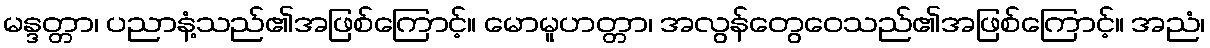
မန္ဒတ္တာ၊ ပညာနံ့သည်၏အဖြစ်ကြောင့်။ မောမူဟတ္တာ၊ အလွန်တွေဝေသည်၏အဖြစ်ကြောင့်။ အညံ၊